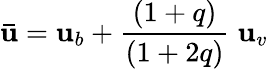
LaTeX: \mathbf{\bar{u}}=\mathbf u_{b}+\frac{(1+q)}{(1+2q)}\; \mathbf u_{v}